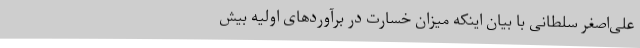
علی‌اصغر سلطانی ‌با بیان اینکه میزان خسارت در برآورد‌های اولیه بیش